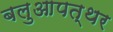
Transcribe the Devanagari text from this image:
बलुआपत्थर